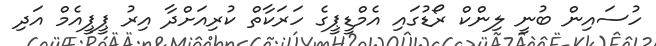
ހުސައިން ބުނީ ލިންކް ރޯޑުގައި އެމްޑީޕީގެ ހަރަކާތް ކުރިއަށްދާ އިރު ޕީޕީއެމް އަދި